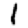
Digit: 1